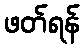
ဖတ်ရန်